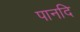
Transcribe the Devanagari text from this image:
पानदि